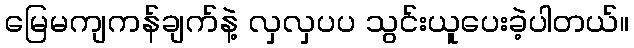
မြေမကျကန်ချက်နဲ့ လှလှပပ သွင်းယူပေးခဲ့ပါတယ်။